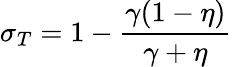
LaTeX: \sigma_{T}=1-\frac{\gamma(1-\eta)}{\gamma+\eta}